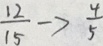
\frac { 1 2 } { 1 5 } \rightarrow \frac { 4 } { 5 }